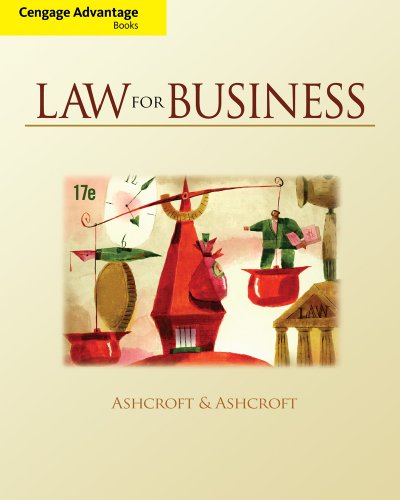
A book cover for Cengage Advantage Books: Law for Business; John D. Ashcroft; Law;